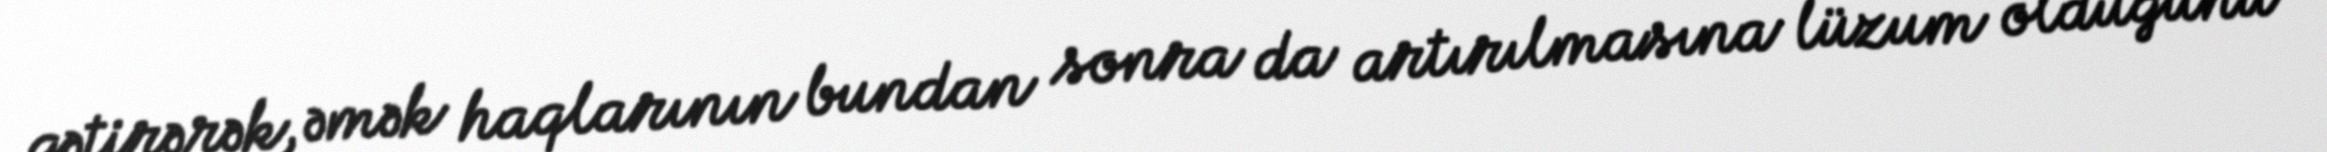
gətirərək, əmək haqlarının bundan sonra da artırılmasına lüzum olduğunu